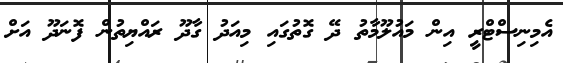
އެމިނިސްޓްރީ އިން މައުލޫމާތު ދޭ ގޮތުގައި މިއަދު ގާދޫ ރައްޔިތުން ފޮނަދޫ އަށް